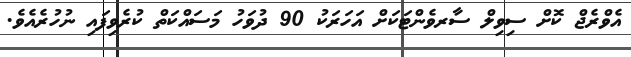
އެވްރެޖް ކޮށް ސިވިލް ސާރވެންޓަކަށް އަހަރަކު 90 ދުވަހު މަސައްކަތް ކުރެވިފައި ނުހުރެއެވެ.